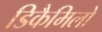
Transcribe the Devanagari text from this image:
डिकैमिलो